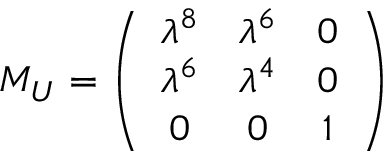
M _ { U } = \left( \begin{array} { c c c } { { \lambda ^ { 8 } } } & { { \lambda ^ { 6 } } } & { { 0 } } \\ { { \lambda ^ { 6 } } } & { { \lambda ^ { 4 } } } & { { 0 } } \\ { { 0 } } & { { 0 } } & { { 1 } } \end{array} \right)